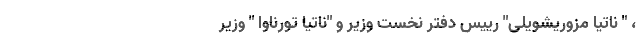
، " ناتیا مزوریشویلی" رییس دفتر نخست وزیر و "ناتیا تورناوا " وزیر